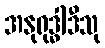
အနုရုဒ္ဓါဒီသု